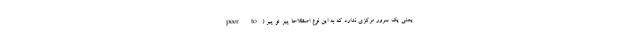
یعنی یک سرور مرکزی ندارد که به این نوع اصطلاحا پیر تو پیر (peer to